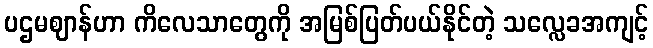
ပဌမဈာန်ဟာ ကိလေသာတွေကို အမြစ်ပြတ်ပယ်နိုင်တဲ့ သလ္လေခအကျင့်